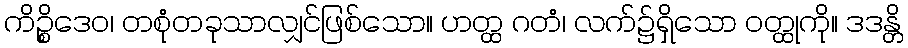
ကိဉ္စိဒေဝ၊ တစုံတခုသာလျှင်ဖြစ်သော။ ဟတ္ထ ဂတံ၊ လက်၌ရှိသော ဝတ္ထုကို။ ဒဒန္တိ